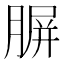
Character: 𦝷